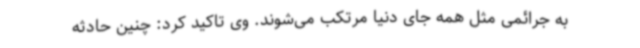
به جرائمی مثل همه جای دنیا مرتکب می‌شوند. وی تاکید کرد: چنین حادثه